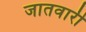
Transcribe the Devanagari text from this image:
जातवारी